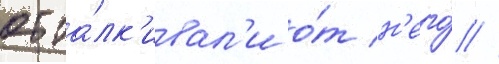
отта́лк'ивал'и о́т н'его́ //